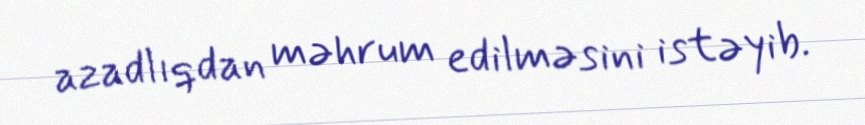
azadlıqdan məhrum edilməsini istəyib.